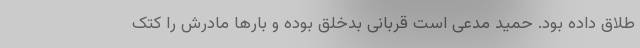
طلاق داده بود. حمید مدعی است قربانی بدخلق بوده و بار‌ها مادرش را کتک